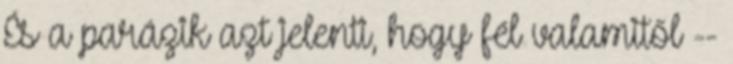
És a parázik azt jelenti, hogy fél valamitől --